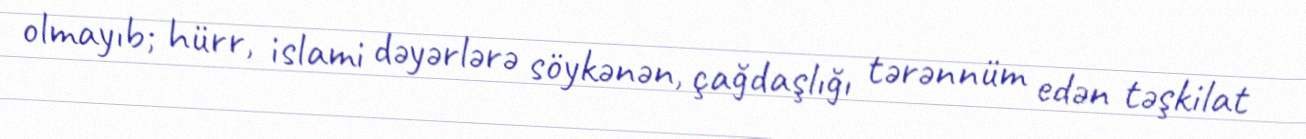
olmayıb; hürr, islami dəyərlərə söykənən, çağdaşlığı tərənnüm edən təşkilat